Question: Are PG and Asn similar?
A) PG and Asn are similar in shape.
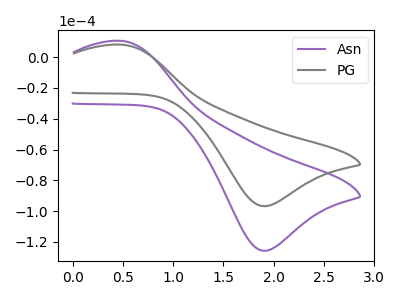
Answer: <think>The purple curve "Asn" has an anodic peak at (0.45V, 10.70uA) and a cathodic peak at (1.90V, -125.80uA). The gray curve "PG" has an anodic peak at (0.45V, 8.25uA) and a cathodic peak at (1.90V, -96.80uA).
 All the peaks in "PG" have a peak in "Asn" at the same potential. Every peak in "PG" is lower than every peak in "Asn".</think>
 <answer>A) "PG" and "Asn" are similar in shape.</answer>
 <eval>A</eval>